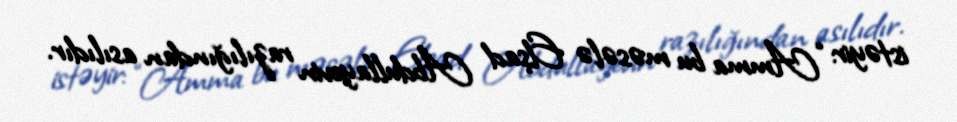
istəyir: “Amma bu məsələ Elşad Abdullayevin razılığından asılıdır.